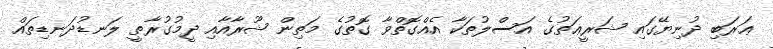
ޢަރަބި ދުނިޔޭގައި ޝަރީޢަތުގެ އަސްލުތަކާ އެއްގޮތްވާ ގޮތުގެ މަތިން ޝޫރާއާއި ދީމުގުރާތީ ލަނޑުދަނޑިތައް